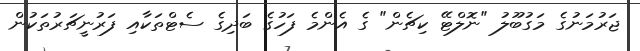
ޖަރުމަނުގެ މަގުބޫލު "ނޮލްޓޭ ކިޗެން" ގެ އެންމެ ފަހުގެ ބަދިގެ ސެޓްތަކާއި ފަރުނީޗަރުތަކުން